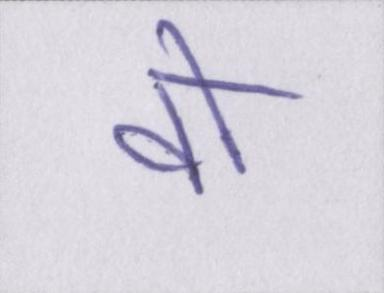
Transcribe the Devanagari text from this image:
वो